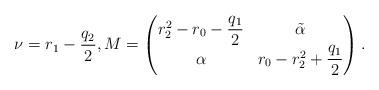
LaTeX: \begin{gather*}\nu=r_1-\frac{q_2}{2},M=\begin{pmatrix}r_2^2-r_0 - \dfrac{q_1}{2}&\tilde{\alpha}\\\alpha&r_0-r_2^2 + \dfrac{q_1}{2}\end{pmatrix}.\end{gather*}